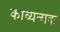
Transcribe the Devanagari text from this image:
काव्यत्मक